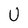
Character: U